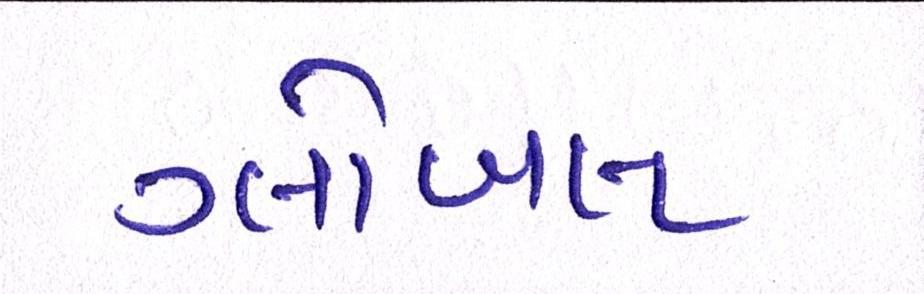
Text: ગ્લોબલ